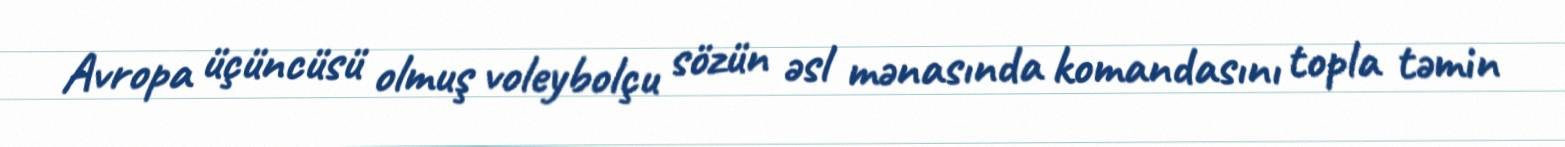
Avropa üçüncüsü olmuş voleybolçu sözün əsl mənasında komandasını topla təmin